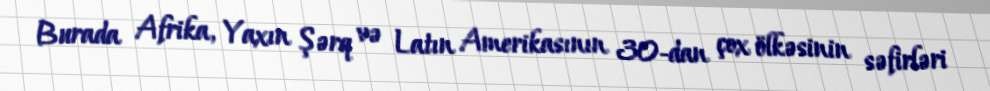
Burada Afrika, Yaxın Şərq və Latın Amerikasının 30-dan çox ölkəsinin səfirləri